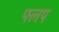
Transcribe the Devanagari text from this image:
फ्लप